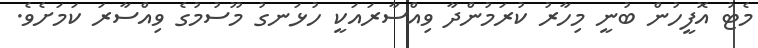
މެޓު އޮފީހުން ބުނީ މިހާރު ކުރަމުންދާ ވިއްސާރައަކީ ހުޅަނގު މޫސުމުގެ ވިއްސާރަ ކަމަށެވެ.